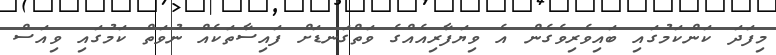
މިފަދަ ކަންކަމުގައި ބައިވެރިވެގެން އެ ވިޔަފާރިއެއްގެ ވަތްގަނޑަށް ފައިސާތަކެއް ނުވަތް ކަމުގައި ވިއަސް